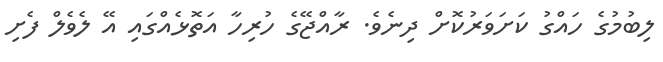
ލިބުމުގެ ހައްގު ކަށަވަރުކޮށް ދިނެވެ. ރާއްޖޭގެ ހުރިހާ އަތޮޅެއްގައި އޭ ލެވެލް ފެށި